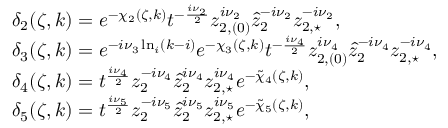
\begin{array} { r l } & { \delta _ { 2 } ( \zeta , k ) = e ^ { - \chi _ { 2 } ( \zeta , k ) } t ^ { - \frac { i \nu _ { 2 } } { 2 } } z _ { 2 , ( 0 ) } ^ { i \nu _ { 2 } } \hat { z } _ { 2 } ^ { - i \nu _ { 2 } } z _ { 2 , \star } ^ { - i \nu _ { 2 } } , } \\ & { \delta _ { 3 } ( \zeta , k ) = e ^ { - i \nu _ { 3 } \ln _ { i } ( k - i ) } e ^ { - \chi _ { 3 } ( \zeta , k ) } t ^ { - \frac { i \nu _ { 4 } } { 2 } } z _ { 2 , ( 0 ) } ^ { i \nu _ { 4 } } \hat { z } _ { 2 } ^ { - i \nu _ { 4 } } z _ { 2 , \star } ^ { - i \nu _ { 4 } } , } \\ & { \delta _ { 4 } ( \zeta , k ) = t ^ { \frac { i \nu _ { 4 } } { 2 } } z _ { 2 } ^ { - i \nu _ { 4 } } \hat { z } _ { 2 } ^ { i \nu _ { 4 } } z _ { 2 , \star } ^ { i \nu _ { 4 } } e ^ { - \tilde { \chi } _ { 4 } ( \zeta , k ) } , } \\ & { \delta _ { 5 } ( \zeta , k ) = t ^ { \frac { i \nu _ { 5 } } { 2 } } z _ { 2 } ^ { - i \nu _ { 5 } } \hat { z } _ { 2 } ^ { i \nu _ { 5 } } z _ { 2 , \star } ^ { i \nu _ { 5 } } e ^ { - \tilde { \chi } _ { 5 } ( \zeta , k ) } , } \end{array}